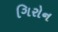
ગિરોન